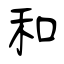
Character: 和